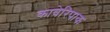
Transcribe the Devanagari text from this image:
कावेरिपाक